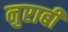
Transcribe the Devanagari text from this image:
नुराबी